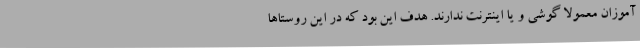
‌آموزان معمولا گوشی و یا اینترنت ندارند. هدف این بود که در این روستاها